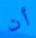
أن